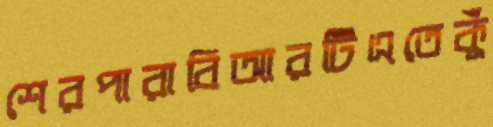
শেরপারাবিআরটিএতেকুঁ